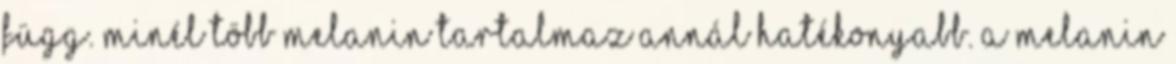
függ. Minél több melanin tartalmaz annál hatékonyabb. A melanin